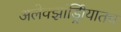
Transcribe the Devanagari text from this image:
अलेक्झांड्रिीयातच